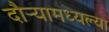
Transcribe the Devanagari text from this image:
दौर्‍यामध्यल्या